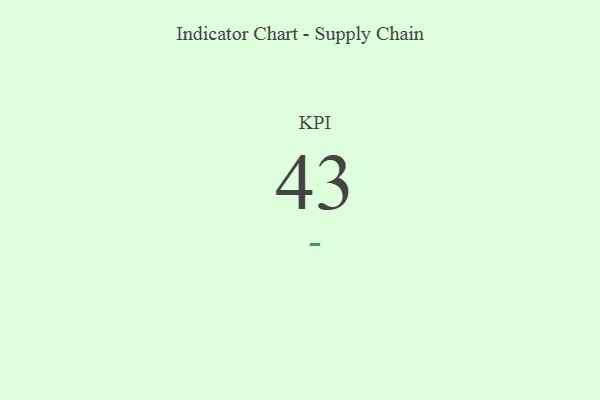
{"axis": {"x": "KPI", "y": "Value"}, "legend": [""], "data": [{"x": "KPI", "y": 43, "type": ""}]}